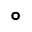
^ \circ